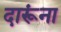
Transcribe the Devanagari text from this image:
दारूंना